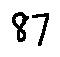
8 7